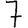
Digit: 7